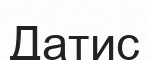
Датис